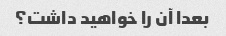
بعدا آن را خواهید داشت؟